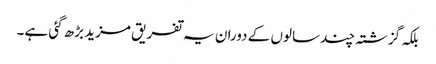
بلکہ گزشتہ چند سالوں کے دوران یہ تفریق مزید بڑھ گئی ہے۔